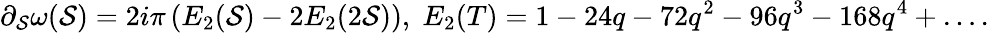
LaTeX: \partial_{\mathcal{S}}\omega(\mathcal{S})=2i\pi\left(E_{2}(\mathcal{S})-2E_{2}(2\mathcal{S})\right),\; E_{2}(T)=1-24q-72q^{2}-96q^{3}-168q^{4}+\dots.